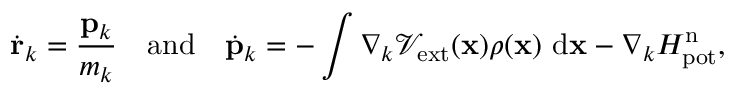
\dot { \bf r } _ { k } = \frac { { \bf p } _ { k } } { m _ { k } } \quad \mathrm { a n d } \quad \dot { \bf p } _ { k } = - \int { \nabla _ { k } \mathcal { V } _ { \mathrm { e x t } } ( { \bf x } ) \rho ( { \bf x } ) \ \mathrm { d } { \bf x } } - \nabla _ { k } H _ { \mathrm { p o t } } ^ { \mathrm { n } } ,